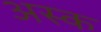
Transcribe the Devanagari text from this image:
अस्क